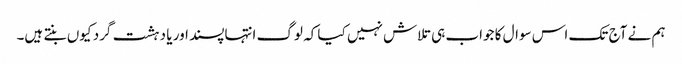
ہم نے آج تک اس سوال کا جواب ہی تلاش نہیں کیا کہ لوگ انتہاپسند اور یا دہشت گرد کیوں بنتے ہیں۔